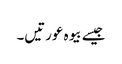
جیسے بیوہ عورتیں۔